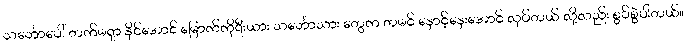
သင်္ဘောပေါ် တက်မရှာ နိုင်အောင် မြောက်ကိုရီးယား သင်္ဘောသား တွေက တမင် နှောင့်နှေးအောင် လုပ်တယ် လို့လည်း စွပ်စွဲပါတယ်။